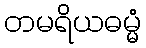
တမရိယဓမ္မံ